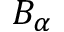
B _ { \alpha }